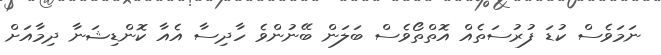
ނަމަވެސް ކުޑަ ފުރުސަތެއް އޮތްތޯވެސް ބަލަން ބޭނުންވެ ހާދިސާ އެއާ ކޮންޑިޝަނާ ދިމާއަށް